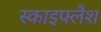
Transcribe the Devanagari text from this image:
स्काइफ्लैश